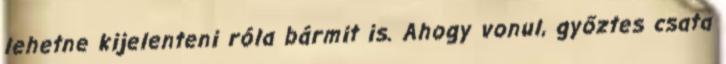
lehetne kijelenteni róla bármit is. Ahogy vonul, győztes csata